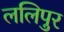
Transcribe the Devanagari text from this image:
ललिपुर